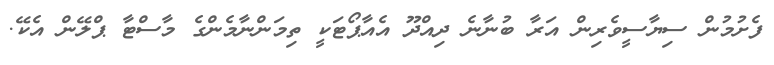
ފެށުމުން ސިޔާސީވެރިން އަރާ ބުނާނެ ދިއްދޫ އެއާޕޯޓަކީ ތިމަންނާމެންގެ މާސްޓާ ޕްލޭން އެކޭ.